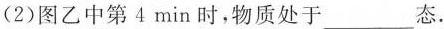
（2）图乙中第4min时，物质处于___态.